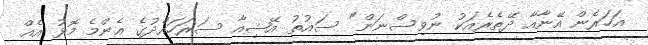
އަހަރެން އޭނާއާ ދޭތެރެއަކު ނުވިސްނަން" ސައުތު އޭޝިއާ ސަރަހައްދުގެ އެންމެ މޮޅު އެއް